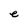
Character: e